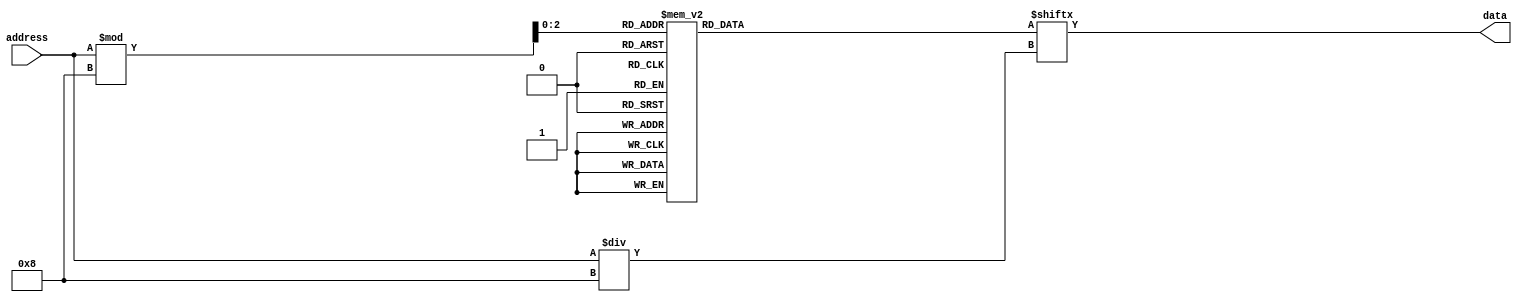
module otp_rom (
    input wire [address_width-1:0] address,
    output reg data
);

parameter num_rows = 16; // Number of rows in the ROM
parameter num_cols = 8; // Number of columns in the ROM
parameter address_width = $clog2(num_rows*num_cols);

reg [num_rows-1:0] memory[num_cols-1:0];

always @(*) begin
    data = memory[address % num_cols][address / num_cols];
end

endmodule